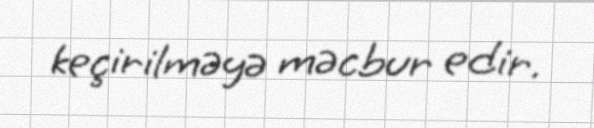
keçirilməyə məcbur edir.